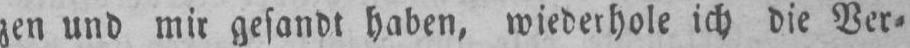
zen und mir gesandt haben, wiederhole ich die Ver⸗